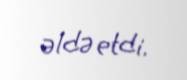
əldə etdi.